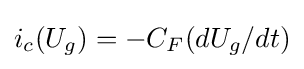
i_{c}(U_{g})=-C_{F}(dU_{g}/dt)